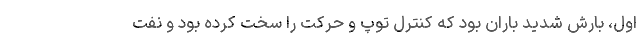
اول، بارش شدید باران بود که کنترل توپ و حرکت را سخت کرده بود و نفت